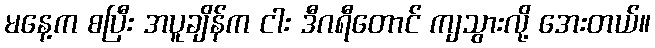
မနေ့က စပြီး အပူချိန်က ငါး ဒီဂရီတောင် ကျသွားလို့ အေးတယ်။